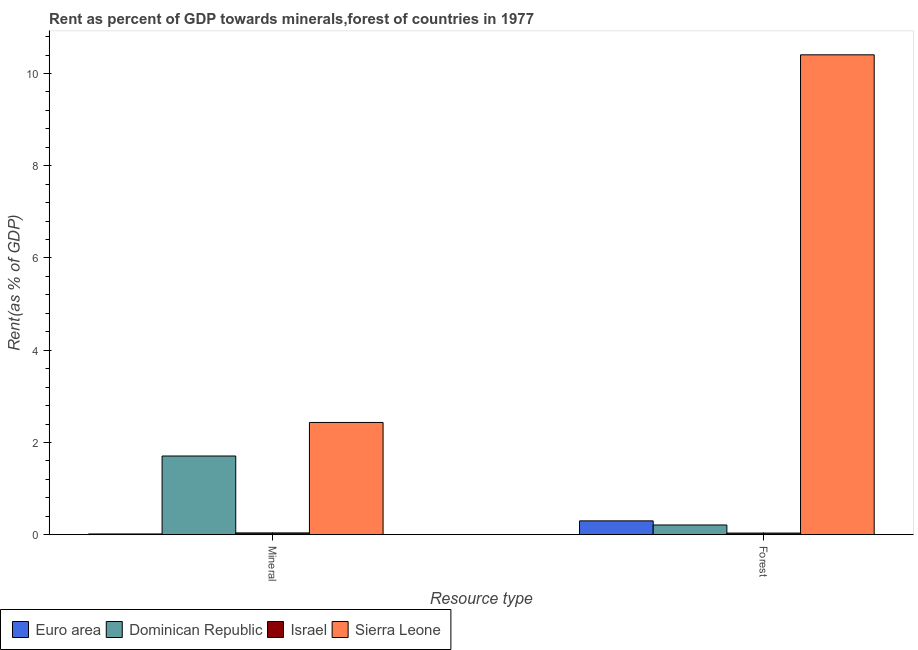
| Resource type | Euro area | Dominican Republic | Israel | Sierra Leone |
 | --- | --- | --- | --- | --- |
 | Mineral | 0.0158 | 1.71 | 0.0385 | 2.43 |
 | Forest | 0.3 | 0.211 | 0.0351 | 10.4 |